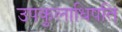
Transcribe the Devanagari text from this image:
उपकुलाधिपति